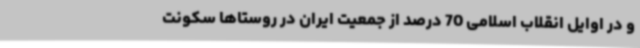
و در اوایل انقلاب اسلامی 70 درصد از جمعیت ایران در روستاها سکونت